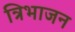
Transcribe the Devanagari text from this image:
त्रिभाजन